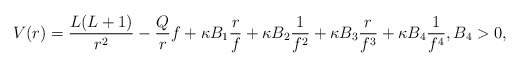
\begin{align*} V(r) = \frac{L(L+1)}{r^2} - \frac{Q}{r} f + \kappa B_1 \frac{r}{f} + \kappa B_2 \frac{1}{f^2} + \kappa B_3 \frac{r}{f^3} + \kappa B_4 \frac{1}{f^4}, B_4>0,\end{align*}